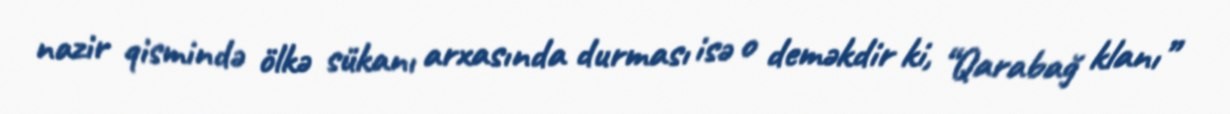
nazir qismində ölkə sükanı arxasında durması isə o deməkdir ki, “Qarabağ klanı”